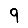
Digit: 9